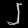
Digit: ၂